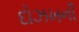
દોઝખની